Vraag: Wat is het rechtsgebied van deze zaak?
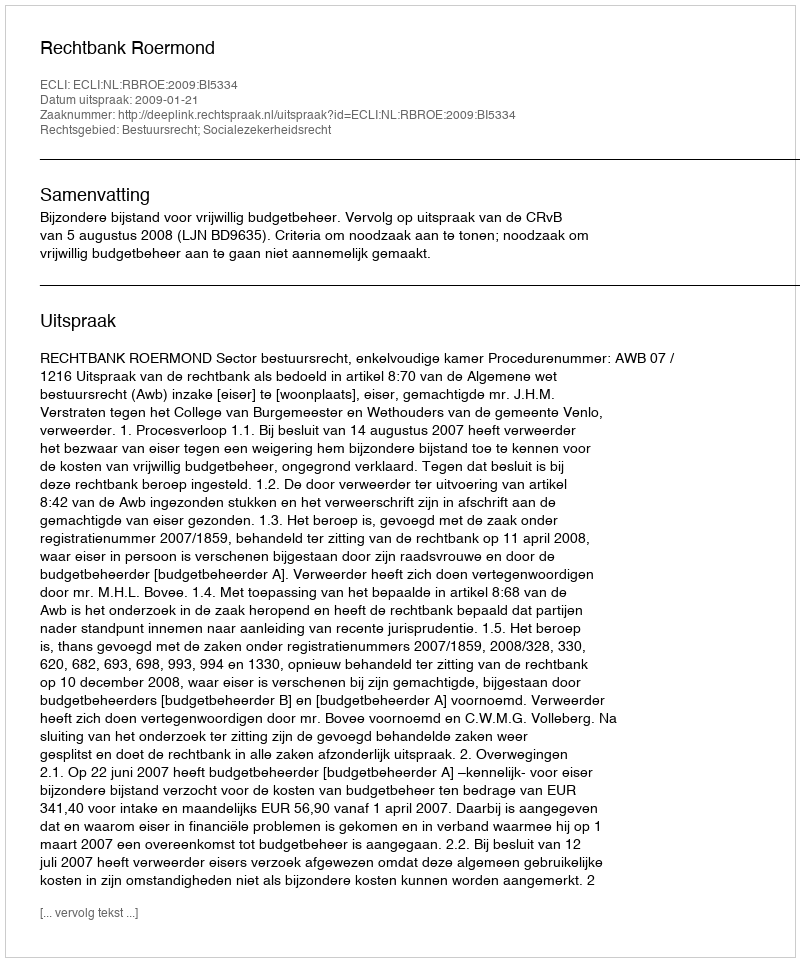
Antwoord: Bestuursrecht; Socialezekerheidsrecht